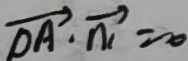
\overrightarrow { D A } \cdot \overrightarrow { n _ { 1 } } = 0